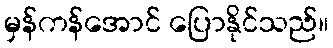
မှန်ကန်အောင် ပြောနိုင်သည်။